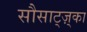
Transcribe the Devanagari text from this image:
सौसाट्ज़्का